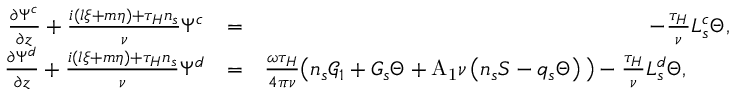
\begin{array} { r l r } { \frac { \ensuremath { \partial } \Psi ^ { c } } { \ensuremath { \partial } z } + \frac { i ( l \xi + m \eta ) + \tau _ { H } n _ { s } } { \nu } \Psi ^ { c } } & { = } & { - \frac { \tau _ { H } } { \nu } L _ { s } ^ { c } \Theta , } \\ { \frac { \ensuremath { \partial } \Psi ^ { d } } { \ensuremath { \partial } z } + \frac { i ( l \xi + m \eta ) + \tau _ { H } n _ { s } } { \nu } \Psi ^ { d } } & { = } & { \frac { \omega \tau _ { H } } { 4 \pi \nu } \big ( n _ { s } \mathcal { G } _ { 1 } + G _ { s } \Theta + \mathrm { A _ { 1 } } \nu \left( n _ { s } S - q _ { s } \Theta \right) \big ) - \frac { \tau _ { H } } { \nu } L _ { s } ^ { d } \Theta , \qquad } \end{array}